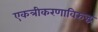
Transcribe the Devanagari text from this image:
एकत्रीकरणाविरुद्ध